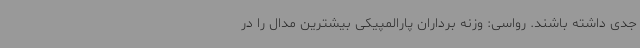
جدی داشته باشند. رواسی: وزنه برداران پارالمپیکی بیشترین مدال را در